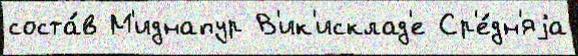
соста́в М'иднапур В'ик'исклад'е Ср'е́дн'яjа